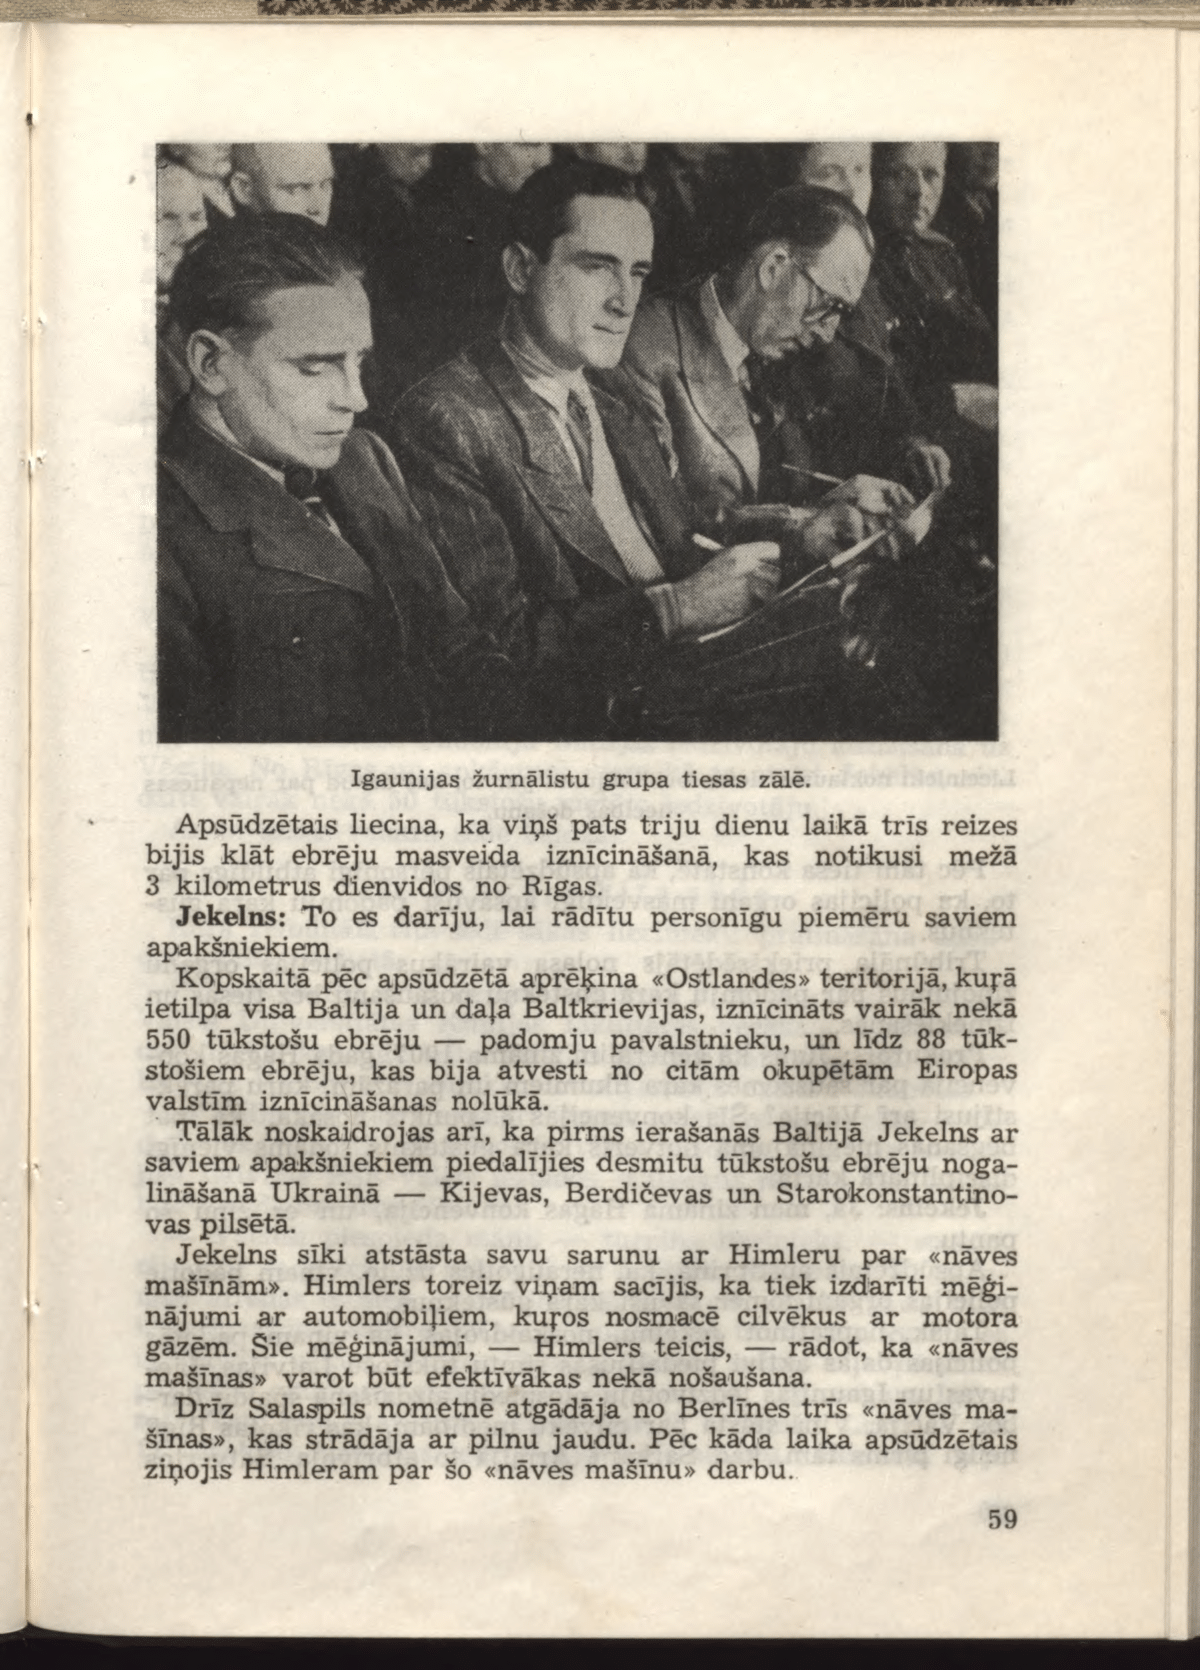
Language: lv